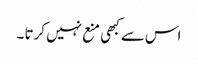
اس سے کبھی منع نہیں کرتا ۔